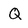
Character: Q